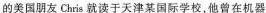
的美国朋友Chris就读于天津某国际学校，他曾在机器